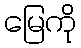
မြေကို